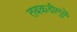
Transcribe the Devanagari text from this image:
तबकडीमुळे